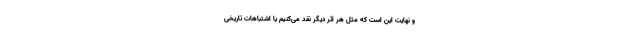
و نهایت این است که مثل هر اثر دیگر نقد می‌کنیم یا اشتباهات تاریخی